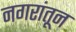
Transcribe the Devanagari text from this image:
नगरांतून